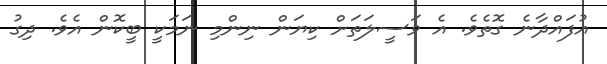
އުފައްދާނެ ގޮތެވެ. އެ ވަސީލަތަށް ކިޔަން ނިންމި ނަމަކީ ބީކޮން އެވެ. ދިގު